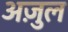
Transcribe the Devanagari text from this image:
अजु़ल